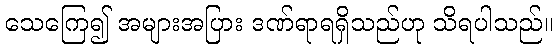
သေကြေ၍ အများအပြား ဒဏ်ရာရရှိသည်ဟု သိရပါသည်။